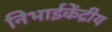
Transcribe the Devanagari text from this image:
निभाईकेंद्रीय